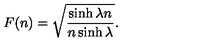
F ( n ) = \sqrt { \frac { \sinh \lambda n } { n \sinh \lambda } } .